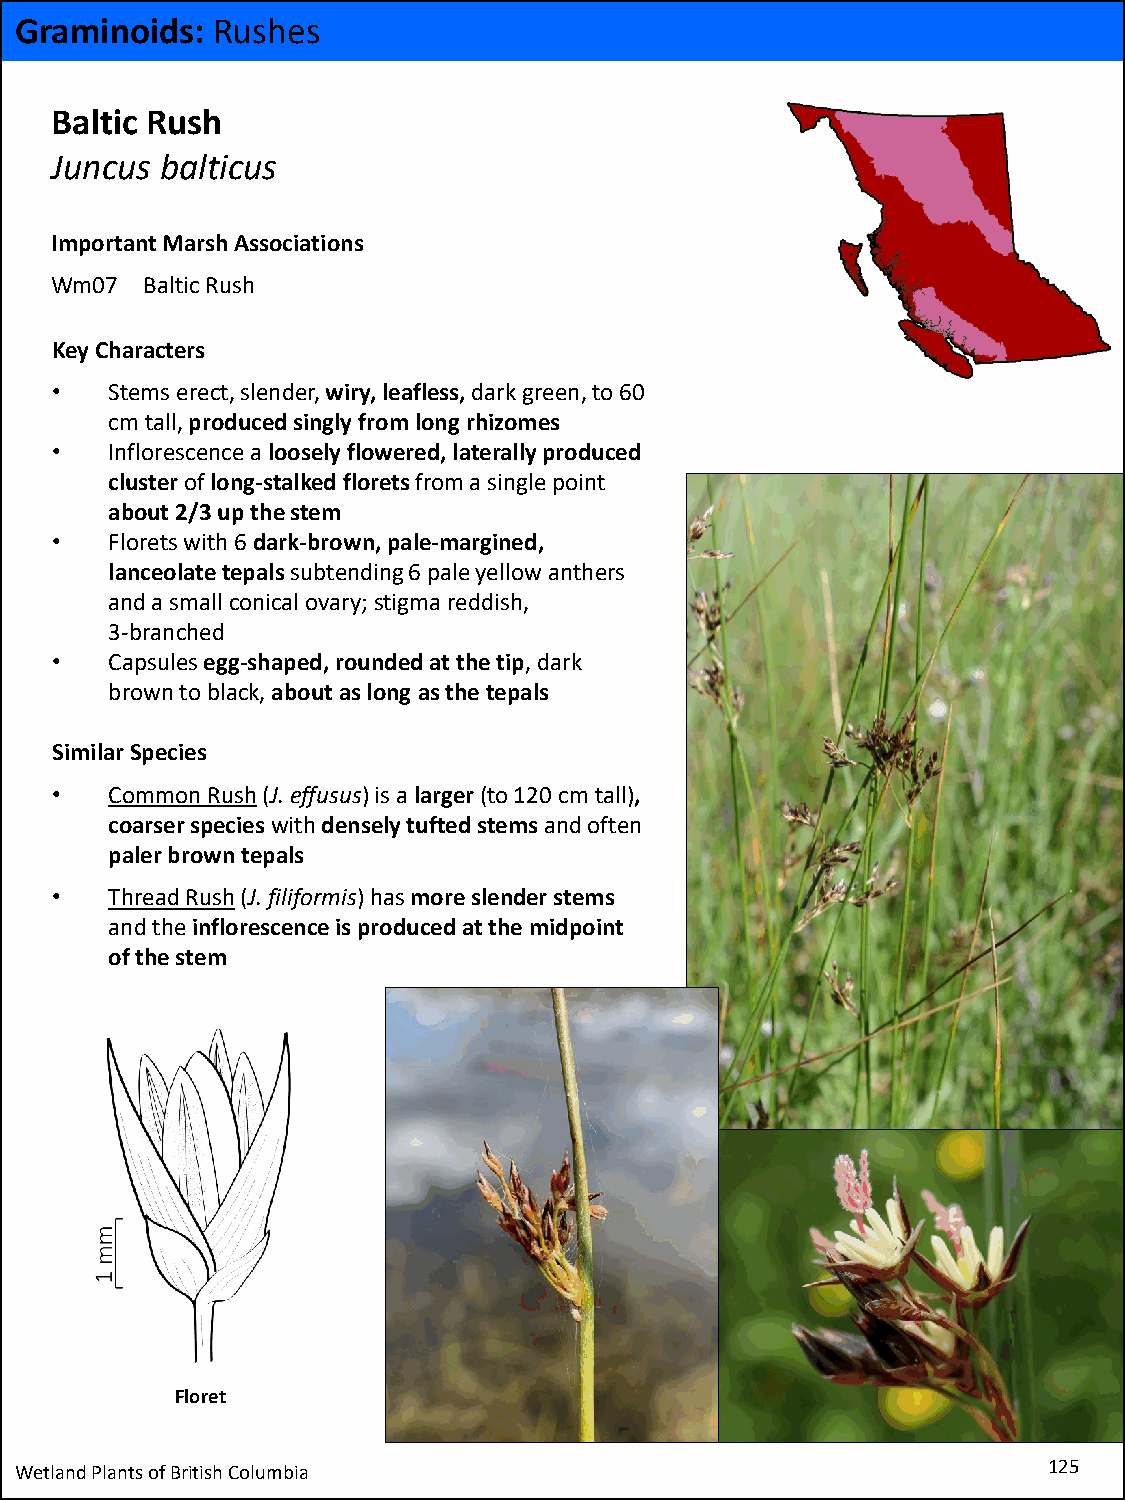
Graminoids:  Rushes
 Baltic Rush
 Juncus  balticus
 Important Marsh Associations
 Wm07  Baltic Rush
 Key Characters
 •   Stems erect, slender, wiry, leafless, dark green, to 60
 cm tall, produced singly from long rhizomes
 •   Inflorescence aloosely flowered,laterally produced
 cluster of long-stalked florets from a single point
 about 2/3 up the stem
 •   Florets with 6 dark-brown, pale-margined,
 lanceolate tepalssubtending 6 pale yellow anthers
 and a small conical ovary; stigma reddish,
 3-branched
 •   Capsules egg-shaped, rounded at the tip, dark
 brown to black, about as long as the tepals
 Similar Species
 •   Common Rush(J. effusus) is a larger (to 120 cm tall),
 coarser specieswithdensely tufted stemsand often
 paler brown tepals
 •   Thread Rush(J. filiformis) has more slender stems
 and theinflorescence is produced at the midpoint
 of the stem
 Floret
 Wetland Plants of British Columbia                                  125